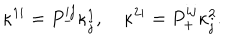
\kappa ^ { 1 i } = P _ { - } ^ { i j } \kappa _ { j } ^ { 1 } , \quad \kappa ^ { 2 i } = P _ { + } ^ { i j } \kappa _ { j } ^ { 2 } .